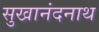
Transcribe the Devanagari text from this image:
सुखानंदनाथ